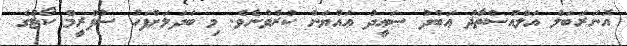
އޮނަރަބަލް އަލްއުސްތާޛު ޢަބްދު ސަޢީދު ޢައްޔަން ކުރެވުނެވެ. މި ބަދަލަށްފަހު ސުޕްރީމް ކޯޓުގެ